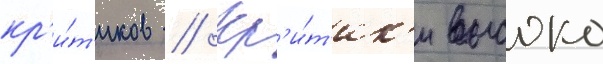
кр'и́т'иков // Кр'и́т'ик'и высоко